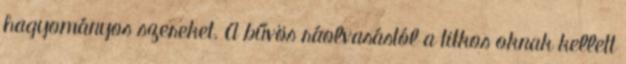
hagyományos szereket. A bűvös ráolvasástól a titkos oknak kellett